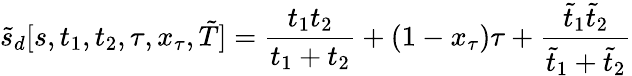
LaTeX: \tilde{s}_{d}[s,t_{1},t_{2},\tau,x_{\tau},\tilde{T}]=\frac{t_{1}t_{2}}{t_{1}+t_{2}}+(1-x_{\tau})\tau+\frac{\tilde{t}_{1}\tilde{t}_{2}}{\tilde{t}_{1}+\tilde{t}_{2}}